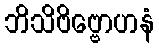
ဘိသိဗိဗ္ဗောဟနံ